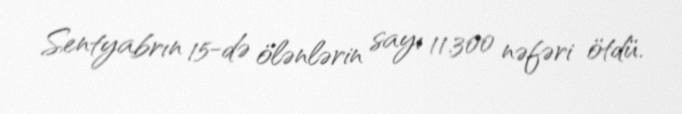
Sentyabrın 15-də ölənlərin sayı 11.300 nəfəri ötdü.